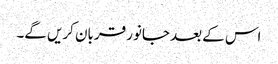
اس کے بعد جانور قربان کریں گے۔